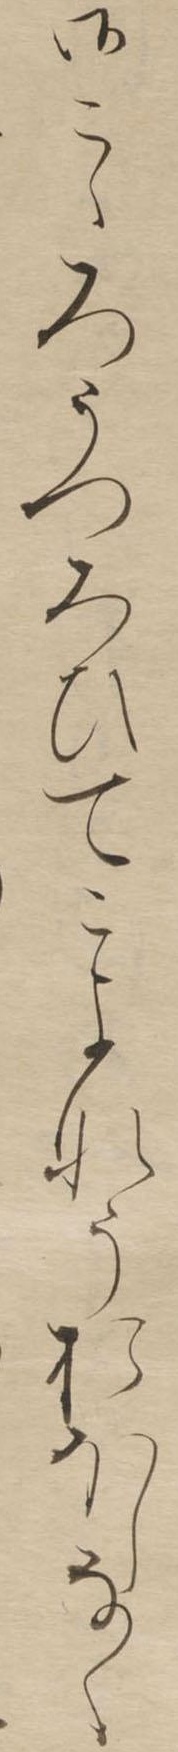
御こゝろうつろひてこよなうおほしなく